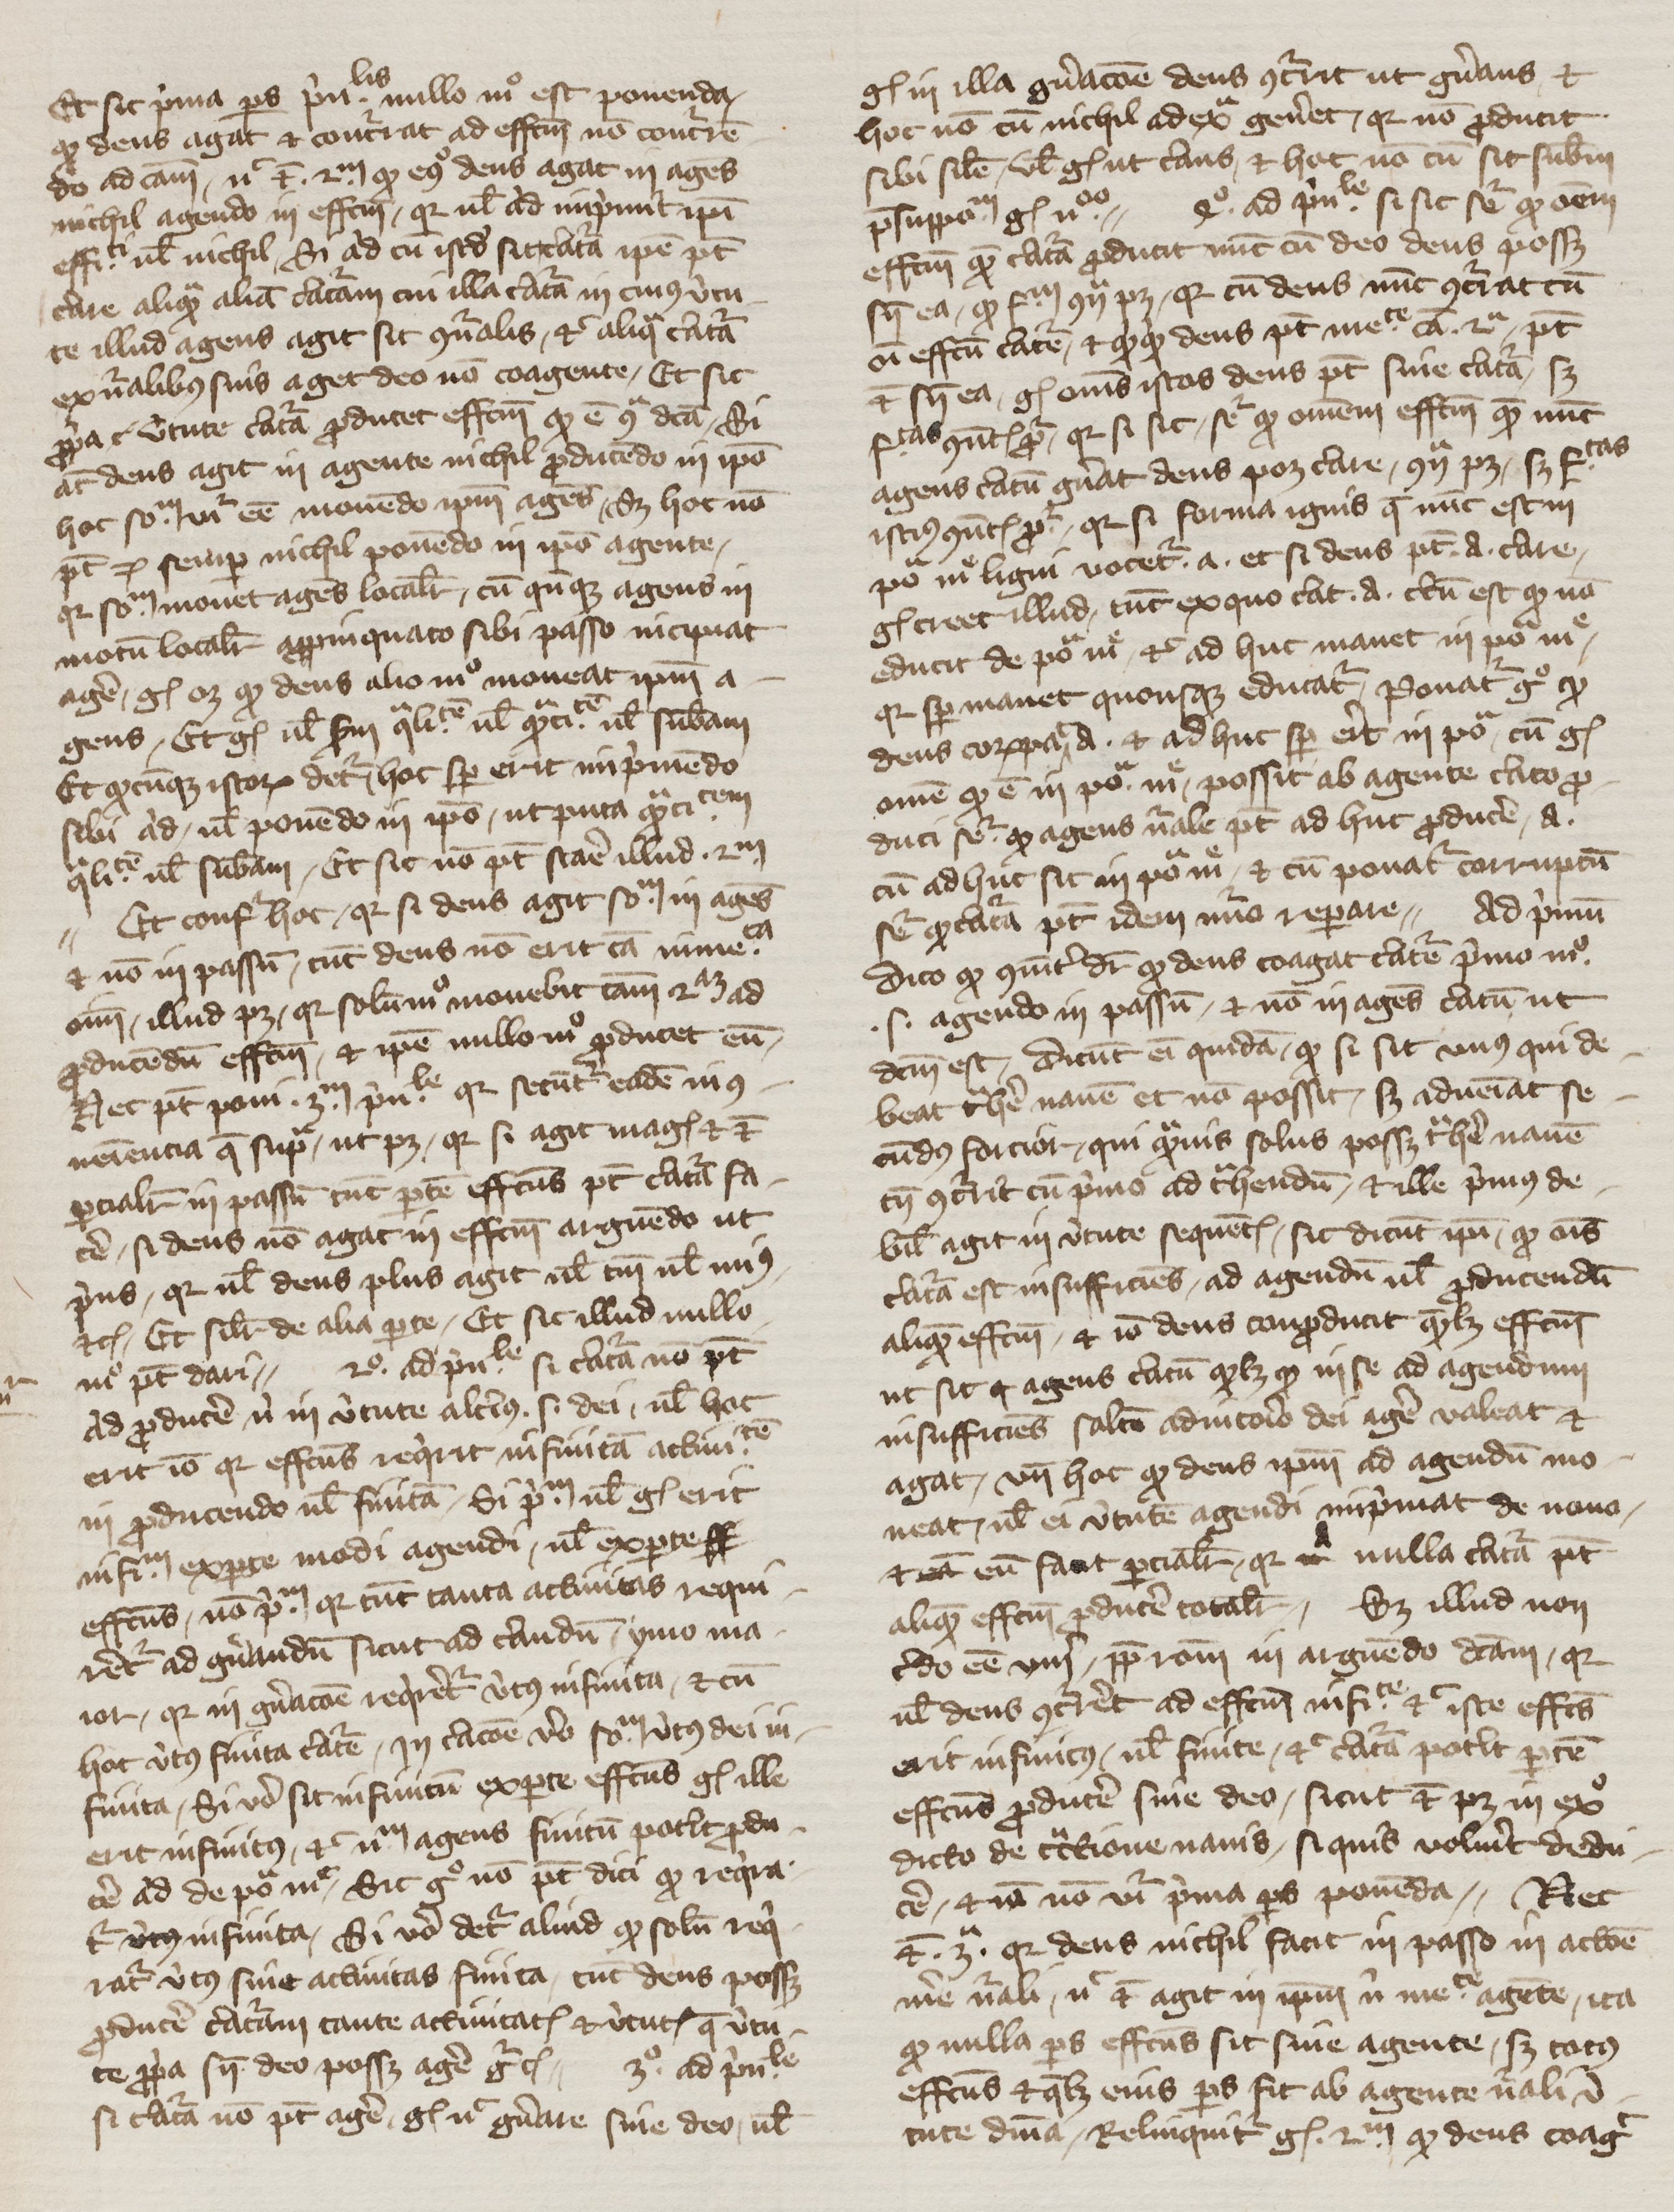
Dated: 1350–1399